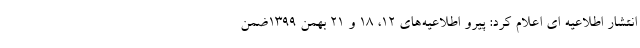
انتشار اطلاعیه ای اعلام کرد: پیرو اطلاعیه‌های ۱۲، ۱۸ و ۲۱ بهمن ۱۳۹۹ضمن